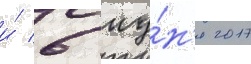
и́ 6 иу́н'я 2017